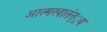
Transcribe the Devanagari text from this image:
आत्मस्वातंत््रय